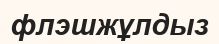
флэшжұлдыз